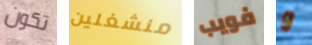
تكون منشغلين فويب و